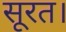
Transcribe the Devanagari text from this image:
सूरत।